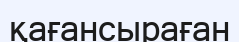
қағансыраған